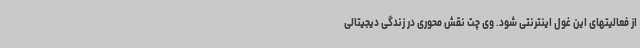
از فعالیتهای این غول اینترنتی شود. وی چت نقش محوری در زندگی دیجیتالی